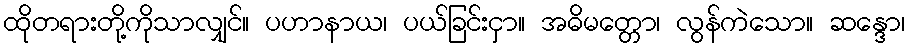
ထိုတရားတို့ကိုသာလျှင်။ ပဟာနာယ၊ ပယ်ခြင်းငှာ။ အဓိမတ္တော၊ လွန်ကဲသော။ ဆန္ဒော၊